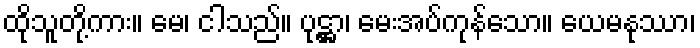
ထိုသူတို့ကား။ မေ၊ ငါသည်။ ပုဋ္ဌာ၊ မေးအပ်ကုန်သော။ ယေမနုဿာ၊